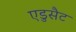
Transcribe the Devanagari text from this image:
एडुसैट